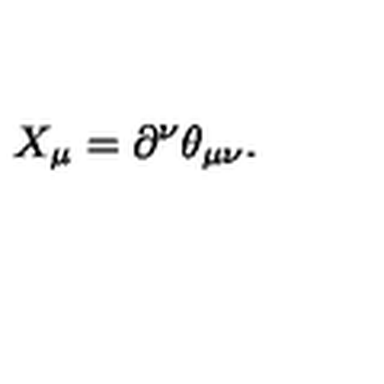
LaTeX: X _ { \mu } = \partial ^ { \nu } \theta _ { \mu \nu } .